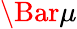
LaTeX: \Bar{\mu}